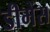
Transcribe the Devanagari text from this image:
डीमेंस